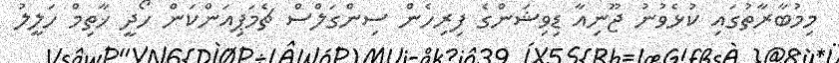
މިމުބާރާތުގައި ކުޅެވުނު ޖޫނިއާ ޑިވިޝަންގެ ފިރިހެން ސިންގަލްސް ޗެމަޕިއަންކަން ހޯދީ ޚާތިމް ހަލީލު